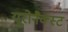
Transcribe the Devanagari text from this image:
यूरोनैक्स्ट